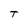
Character: T